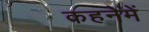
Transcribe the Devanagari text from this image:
कहनेमें